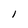
Character: 1